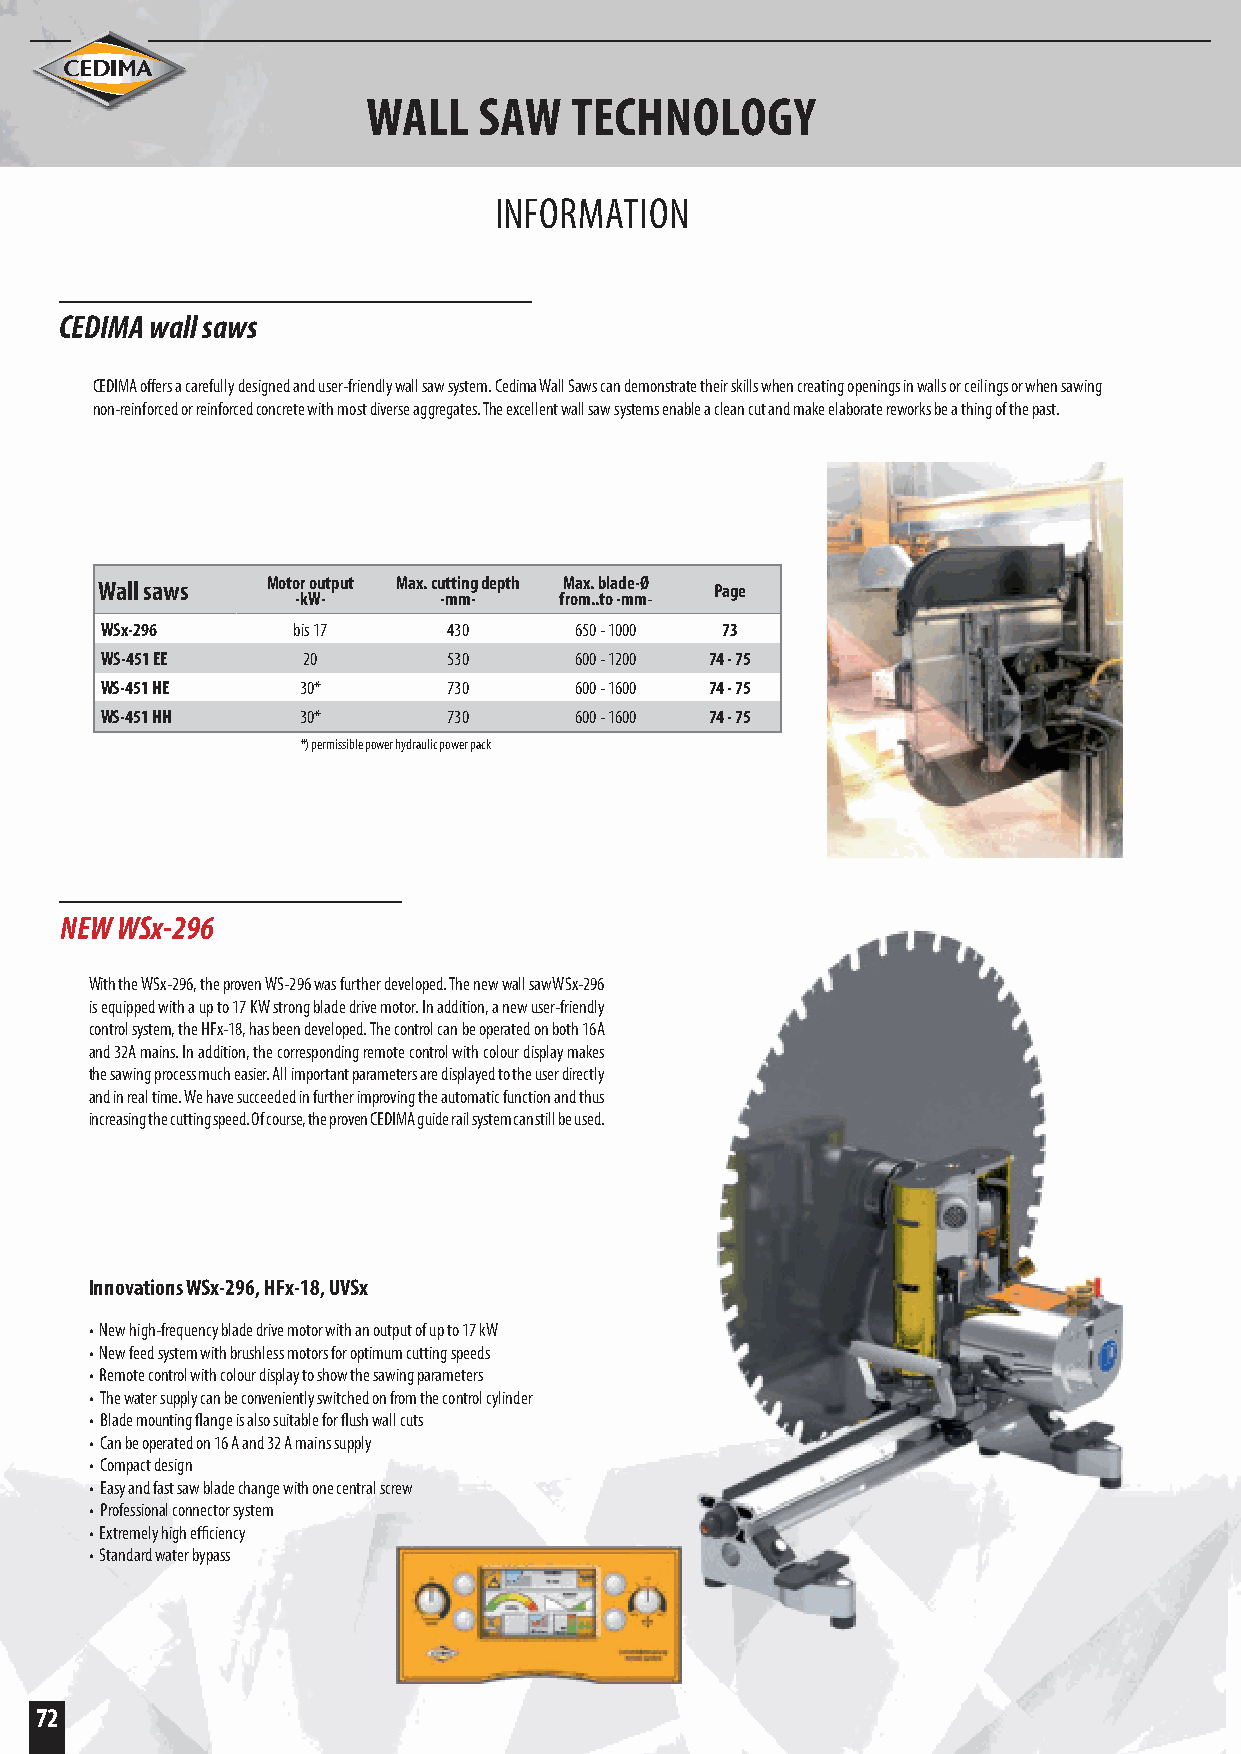
WALL    SAW   TECHNOLOGY
 INFORMATION
 CEDIMA wall saws
 CEDIMA offers a carefully designed and user-friendly wall saw system. Cedima Wall Saws can demonstrate their skills when creating openings in walls or ceilings or when sawing
 non-reinforced or reinforced concrete with most diverse aggregates. The excellent wall saw systems enable a clean cut and make elaborate reworks be a thing of the past.
 Wall saws   Motor output Max. cutting depth Max. blade-Ø Page
 -kW-     -mm-    from..to -mm-
 WSx-296     bis 17     430     650 - 1000 73
 WS-451 EE    20        530     600 - 1200 74 - 75
 WS-451 HE    30*       730     600 - 1600 74 - 75
 WS-451 HH    30*       730     600 - 1600 74 - 75
 *) permissible power hydraulic power pack
 NEW WSx-296
 With the WSx-296, the proven WS-296 was further developed. The new wall sawWSx-296
 is equipped with a up to 17 KW strong blade drive motor. In addition, a new user-friendly
 control system, the HFx-18, has been developed. The control can be operated on both 16A
 and 32A mains. In addition, the corresponding remote control with colour display makes
 the sawing process much easier. All important parameters are displayed to the user directly
 and in real time. We have succeeded in further improving the automatic function and thus
 increasing the cutting speed. Of course, the proven CEDIMA guide rail system can still be used.
 Innovations WSx-296, HFx-18, UVSx
 • New high-frequency blade drive motor with an output of up to 17 kW
 • New feed system with brushless motors for optimum cutting speeds
 • Remote control with colour display to show the sawing parameters
 • The water supply can be conveniently switched on from the control cylinder
 • Blade mounting flange is also suitable for flush wall cuts
 • Can be operated on 16 A and 32 A mains supply
 • Compact design
 • Easy and fast saw blade change with one central screw
 • Professional connector system
 • Extremely high efficiency
 • Standard water bypass
 72